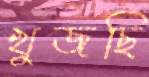
খুজছি